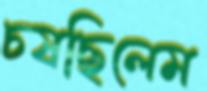
চষছিলেম